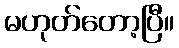
မဟုတ်တော့ပြီ။